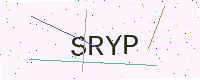
Text: SRYP